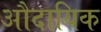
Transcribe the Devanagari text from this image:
औदायिक